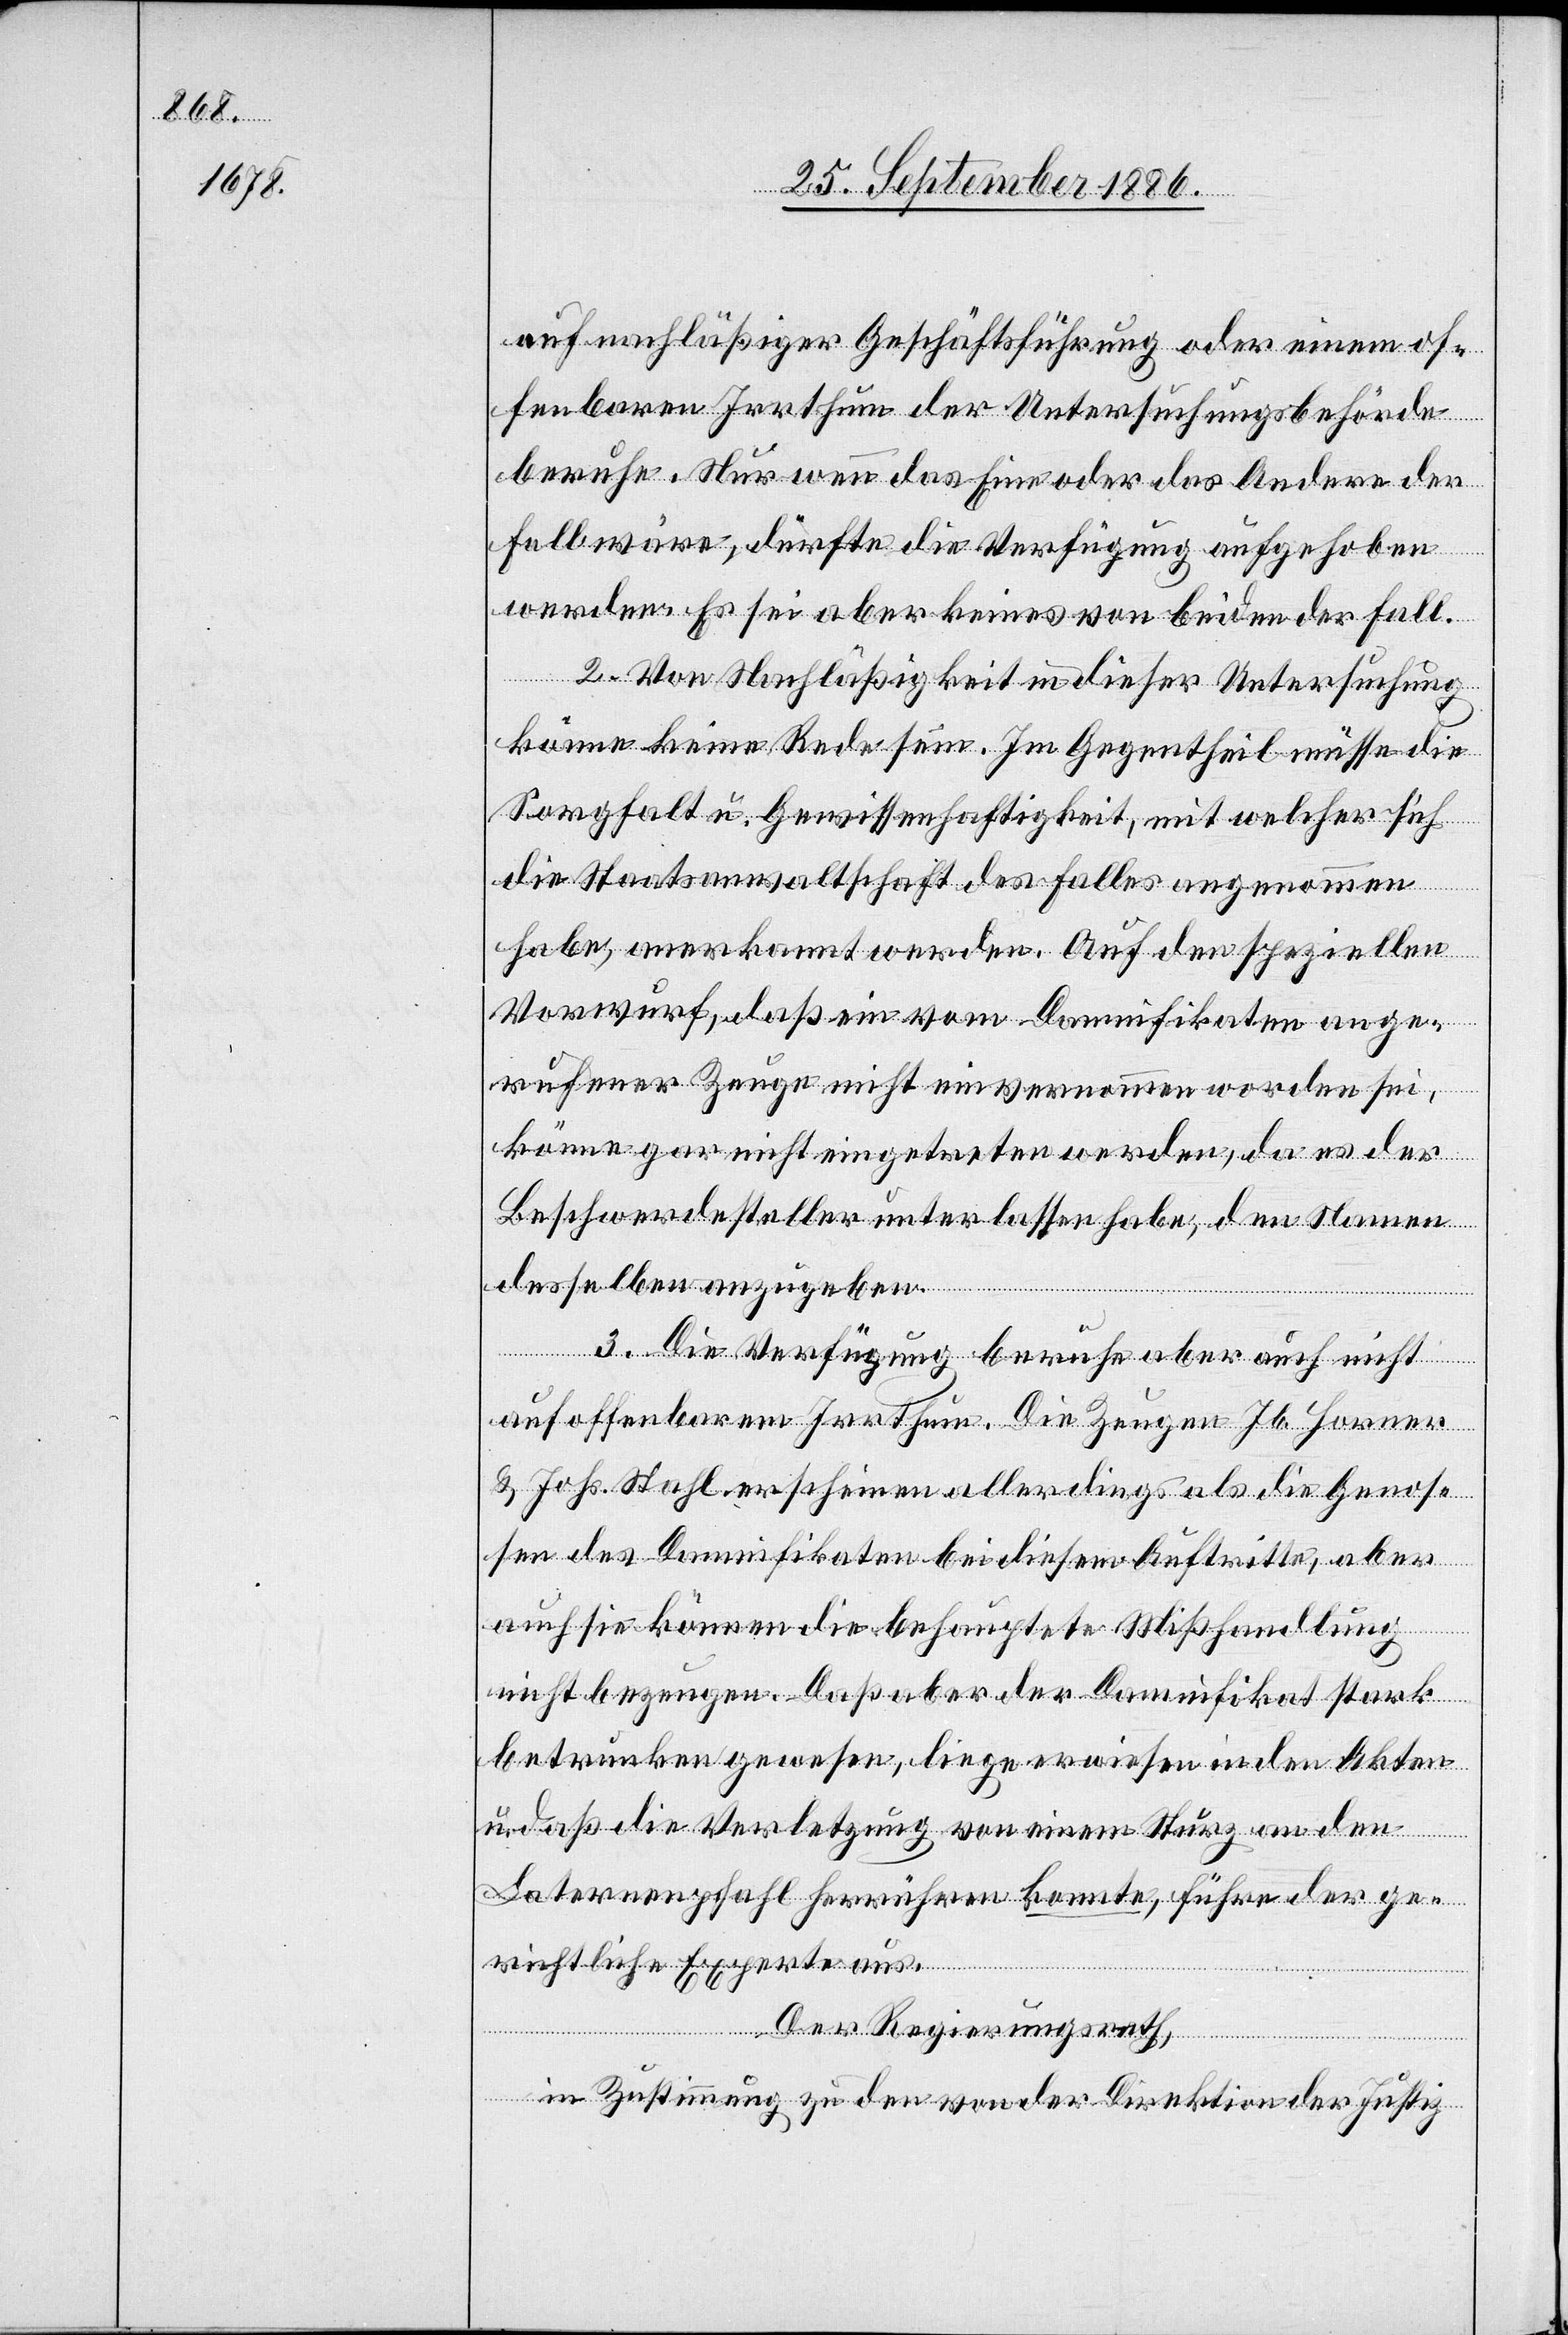
auf nachläßiger Geschäftsführung oder einem of¬
fenbaren Irrthum der Untersuchungsbehörde
beruhe. Nur wenn das Eine oder das Andere der
Fall wäre, dürfte die Verfügung aufgehoben
werden. Es sei aber keines von beiden der Fall.
2. Von Nachläßigkeit in dieser Untersuchung
könne keine Rede sein. Im Gegentheil müsse die
Sorgfalt u. Gewissenhaftigkeit, mit welcher sich
die Staatsanwaltschaft des Falles angenommen
habe, anerkannt werden. Auf den speziellen
Vorwurf, daß ein vom Daminifikaten ange¬
rufener Zeuge nicht einvernommen worden sei,
könne gar nicht eingetreten werden, da es der
Beschwerdesteller unterlassen habe, den Namen
desselben anzugeben.
3. Die Verfügung beruhe aber auch nicht
auf offenbarem Irrthum. Die Zeugen Jb. Horner
& Johs. Stahl erscheinen allerdings als die Genos¬
sen des Damnifikaten bei diesem Auftritte, aber
auch sie können die behauptete Mißhandlung
nicht bezeugen. Daß aber der Damnifikat stark
betrunken gewesen, liege erwiesen in den Akten
u. daß die Verletzung von einem Sturz an den
Laternenpfahl herrühren konnte, führe der ge¬
richtliche Experte aus.
Der Regierungsrath,
in Zustimmung zu den von der Direktion der Justiz